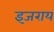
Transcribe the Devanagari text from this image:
इजराय